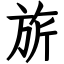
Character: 旂